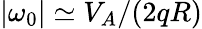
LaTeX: |\omega_{0}|\simeq V_{A}/(2qR)